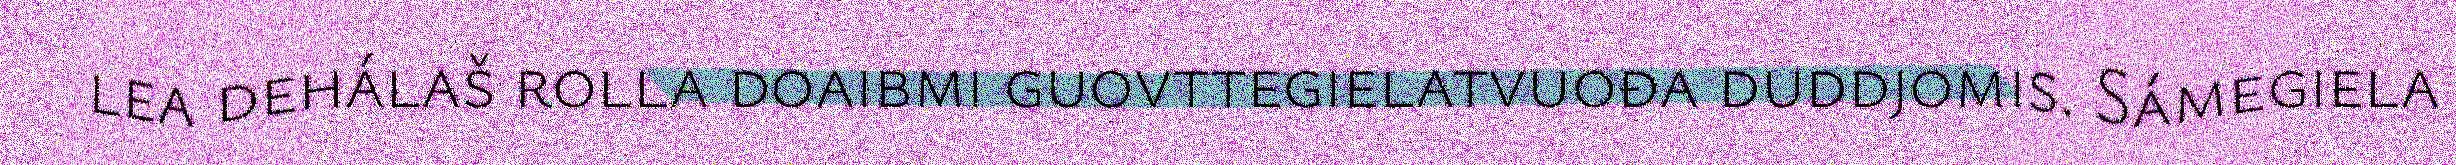
lea dehálaš rolla doaibmi guovttegielatvuođa duddjomis. Sámegiela